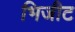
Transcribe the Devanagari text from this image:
भिजीट